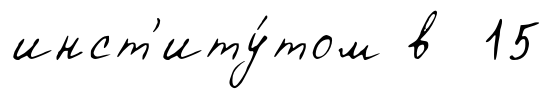
инст'иту́том в 15